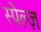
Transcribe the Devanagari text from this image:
स्पेल्ज़